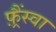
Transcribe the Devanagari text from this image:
फ़्रैंस्वा